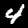
Digit: 4